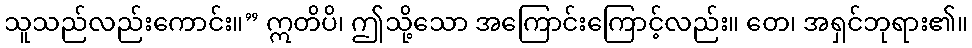
သူသည်လည်းကောင်း။” ဣတိပိ၊ ဤသို့သော အကြောင်းကြောင့်လည်း။ တေ၊ အရှင်ဘုရား၏။